Leaving Certificate Examination (including Day School Certificate (Higher) General paper), 1938
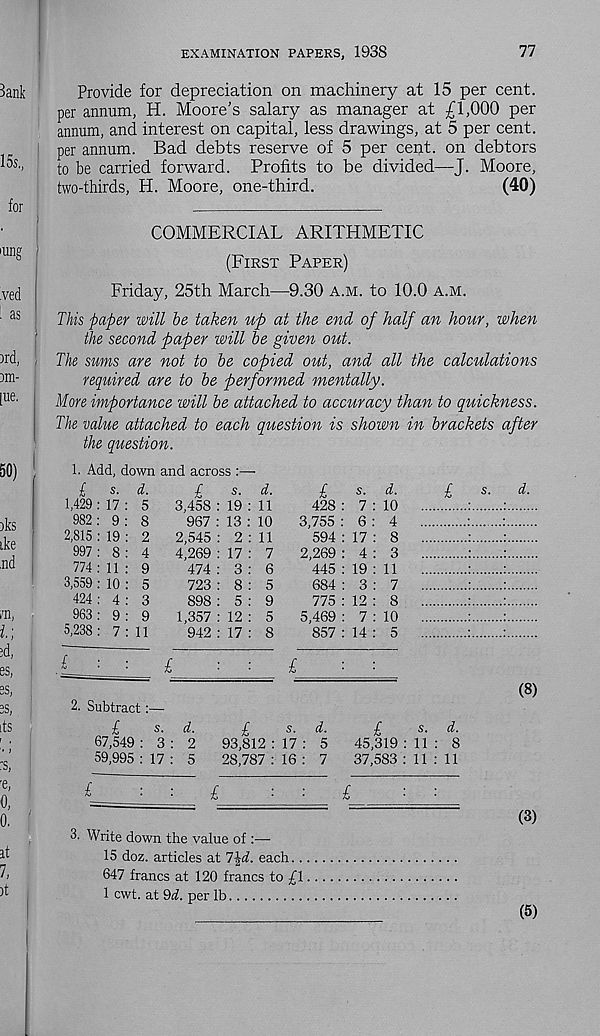
EXAMINATION PAPERS, 1938
77
Provide for depreciation on machinery at 15 per cent,
per annum, H. Moore’s salary as manager at £1,000 per
annum, and interest on capital, less drawings, at 5 per cent,
per annum. Bad debts reserve of 5 per cent, on debtors
to be carried forward. Profits to be divided—J. Moore,
two-thirds, H. Moore, one-third.
(40)
COMMERCIAL ARITHMETIC
(First Paper)
Friday, 25th March—9.30 a.m. to 10.0 a.m.
This paper will he taken up at the end of half an hour, when
the second paper will he given out.
The sums are not to he copied out, and all the calculations
required are to he performed mentally.
More importance will he attached to accuracy than to quickness.
The value attached to each question is shown in brackets after
the question.
1. Add, down and across :—
l s. d.
1,429 : 17 : 5
982 : 9 : 8
2,815 : 19 : 2
997 : 8 : 4
774: 11 : 9
3,559 : 10 : 5
424 : 4 : 3
963 : 9 : 9
5,238 : 7:11
£
s. d.
3,458 : 19 : 11
967 : 13 : 10
2,545 : 2 : 11
4,269 : 17 : 7
474 : 3 : 6
723 : 8 : 5
898 : 5 : 9
1,357 : 12 : 5
942 : 17 : 8
£
s. d.
428 : 7 : 10
3,755 : 6 : 4
594 : 17 : 8
2,269 : 4 : 3
445 : 19 : 11
684 : 3 : 7
775 : 12 : 8
5,469 : 7 : 10
857 : 14 : 5
£■■■■£
■ ■
■
£
2. Subtract:—
£
s.
d.
(8)
£
s. d.
67,549 : 3 : 2
59,995 : 17 : 5
£
s. d.
93,812 : 17 : 5
28,787 : 16 : 7
£
s. d.
45,319 : 11 : 8
37,583 : 11 : 11
£
■
■
£
■
■
£
■
■
~
(3)
3. Write down the value of :—
15 doz. articles at 7%d. each..
647 francs at 120 francs to £1
1 cwt. at 9d. per lb
(5)